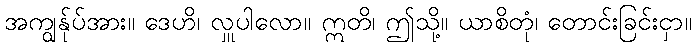
အကျွန်ုပ်အား။ ဒေဟိ၊ လှူပါလော။ ဣတိ၊ ဤသို့။ ယာစိတုံ၊ တောင်းခြင်းငှာ။